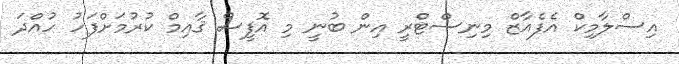
އިސްލާމިކް އެފެއާޒް މިނިސްޓްރީ އިން ބުނީ މި އޮފީސް ޤާއިމް ކުރުމަށްފަހު ހުއްދަ